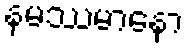
နမဿမာနော